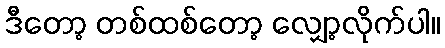
ဒီတော့ တစ်ထစ်တော့ လျှော့လိုက်ပါ။